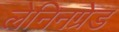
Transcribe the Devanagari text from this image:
लेनिनग्रेड